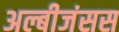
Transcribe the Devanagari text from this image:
अल्बीजंसस